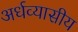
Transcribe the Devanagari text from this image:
अर्धव्यासीय